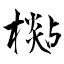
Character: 檆